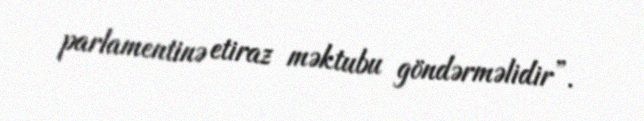
parlamentinə etiraz məktubu göndərməlidir”.